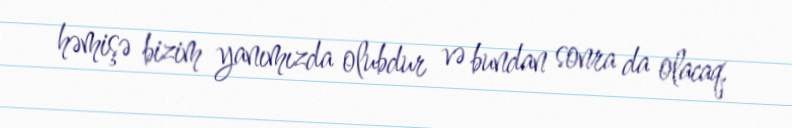
həmişə bizim yanımızda olubdur və bundan sonra da olacaq.